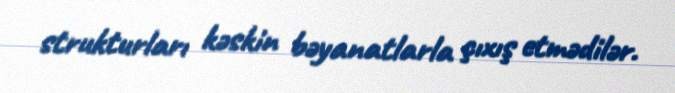
strukturları kəskin bəyanatlarla çıxış etmədilər.